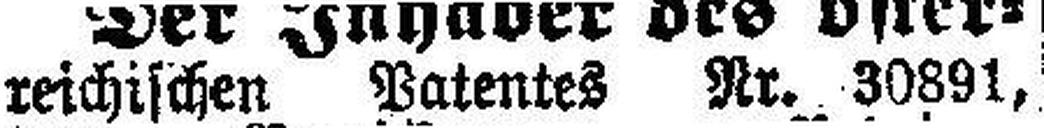
reichischen Patentes Nr. 30891,